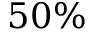
5 0 \%